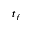
t _ { f }